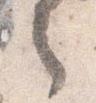
言